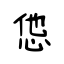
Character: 怹